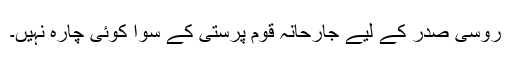
روسی صدر کے لیے جارحانہ قوم پرستی کے سوا کوئی چارہ نہیں۔